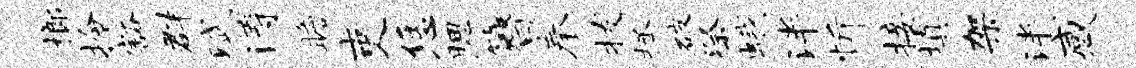
榔拎豁群赋涛瞻吏恁腮簪奉拔拯破祭蛾泮忻接填架泮感